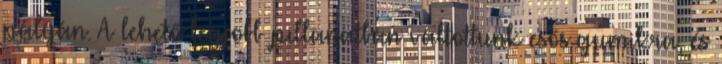
pályán. A lehető legjobb pillanatban váltottunk esős gumikra, és